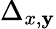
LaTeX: \Delta_{x,\mathbf{y}}